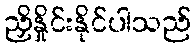
ညှိနှိုင်းနိုင်ပါသည်